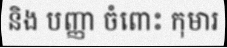
និង បញ្ញា ចំពោះ កុមារ